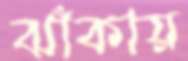
ঝাঁকায়